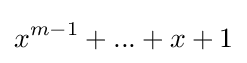
x^{m-1}+...+x+1